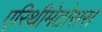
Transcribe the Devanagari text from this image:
एरिथीमेटोसस